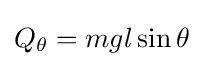
Q_{\theta }=mgl\sin \theta